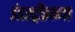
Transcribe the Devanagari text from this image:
इंडस्ट्रीझच्या